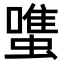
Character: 𧐌